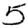
Digit: 5